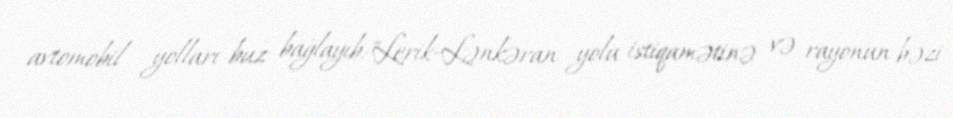
avtomobil yolları buz bağlayıb:"Lerik-Lənkəran yolu istiqamətinə və rayonun bəzi